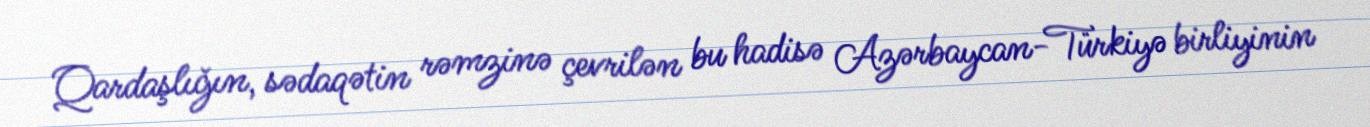
Qardaşlığın, sədaqətin rəmzinə çevrilən bu hadisə Azərbaycan-Türkiyə birliyinin